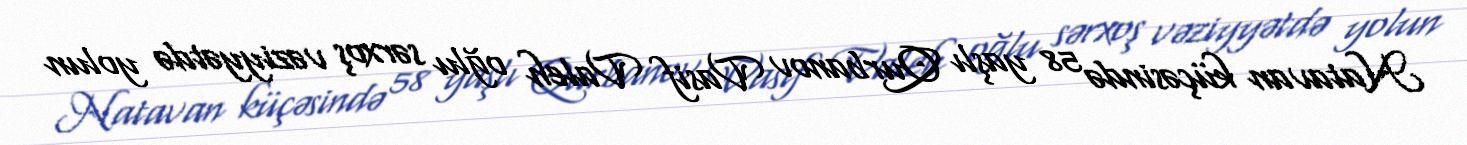
Natavan küçəsində 58 yaşlı Qurbanov Vasif Valeh oğlu sərxoş vəziyyətdə yolun